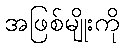
အဖြစ်မျိုးကို